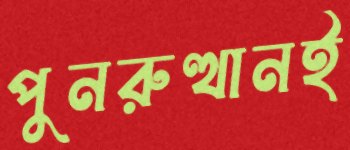
পুনরুত্থানই